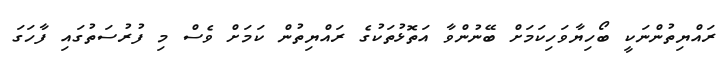
ރައްޔިތުންނަކީ ބޯހިޔާވަހިކަމަށް ބޭނުންވާ އަތޮޅުތަކުގެ ރައްޔިތުން ކަމަށް ވެސް މި ފުރުސަތުގައި ފާހަގަ